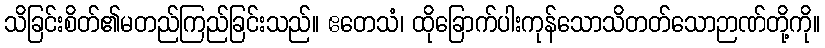
သိခြင်းစိတ်၏မတည်ကြည်ခြင်းသည်။ ဧတေသံ၊ ထိုခြောက်ပါးကုန်သောသိတတ်သောဉာဏ်တို့ကို။